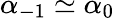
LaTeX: \alpha_{-1}\simeq\alpha_{0}